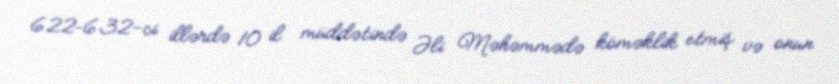
622–632-ci illərdə 10 il müddətində Əli Məhəmmədə köməklik etmiş və onun